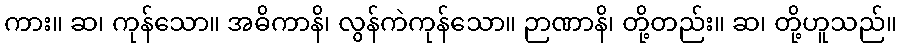
ကား။ ဆ၊ ကုန်သော။ အဓိကာနိ၊ လွန်ကဲကုန်သော။ ဉာဏာနိ၊ တို့တည်း။ ဆ၊ တို့ဟူသည်။